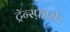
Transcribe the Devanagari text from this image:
ट्रॅन्स्फ़ार्मर